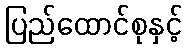
ပြည်ထောင်စုနှင့်